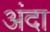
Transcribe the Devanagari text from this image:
अंदा